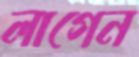
লাগেন